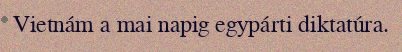
Vietnám a mai napig egypárti diktatúra.